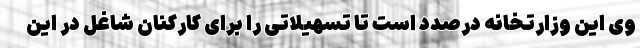
وی این وزارتخانه درصدد است تا تسهیلاتی را برای کارکنان شاغل در این